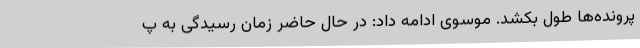
پرونده‌ها طول بکشد. موسوی ادامه داد: در حال حاضر زمان رسیدگی به پ